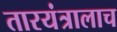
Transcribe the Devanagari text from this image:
तारयंत्रालाच